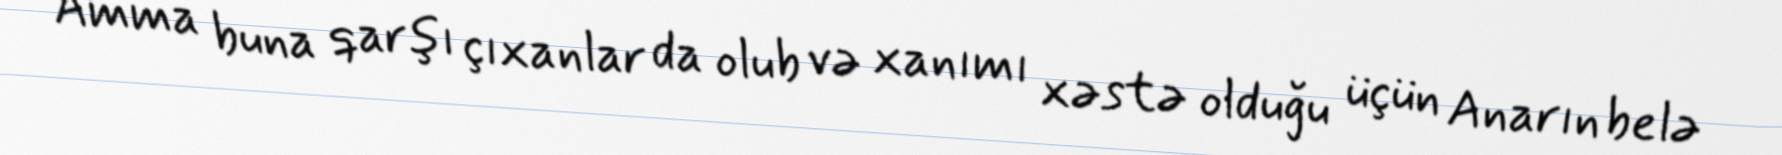
Amma buna qarşı çıxanlar da olub və xanımı xəstə olduğu üçün Anarın belə